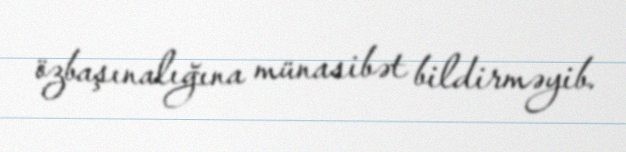
özbaşınalığına münasibət bildirməyib.